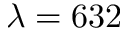
\lambda = 6 3 2